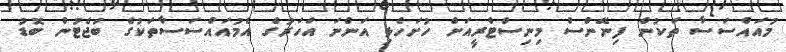
މުއައްސަސާ ތަކުން ފިނޭންސް މިނިސްޓްރީއަށް ހުށަހެޅި އަންނަ އަހަރުގެ އެމުއައްސަސާތަކުގެ ބަޖެޓުން ބޮޑު